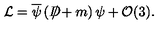
{ \cal L } = \overline { { \psi } } \left( D \! \! \! \! \slash + m \right) \psi + { \cal O } ( 3 ) .